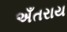
અઁતરાય